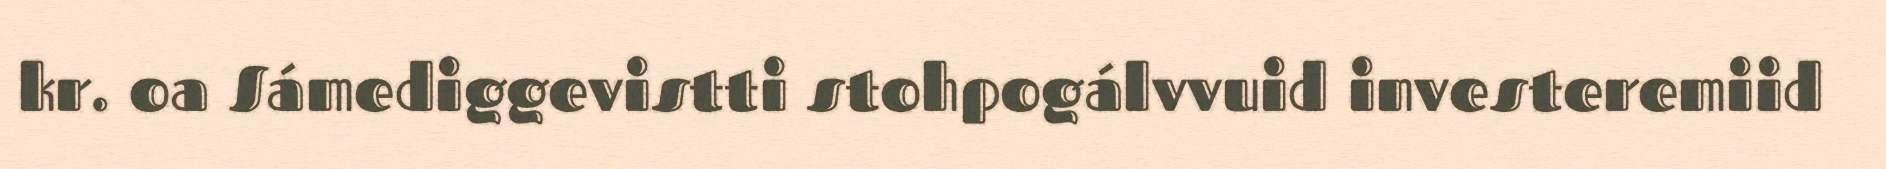
kr. oa Sámediggevistti stohpogálvvuid investeremiid